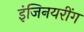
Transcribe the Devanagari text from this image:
इंजिनयरींग